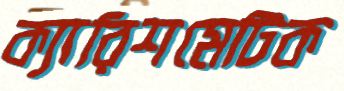
ক্যারিশমেটিক